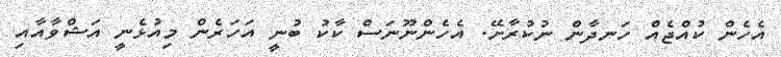
އެހެން ކުއްޖެއް ހަނދާން ނުކުރާށޭ. އެހެންނޫނަސް ކާކު ބުނީ އަހަރެން މިއުޅެނީ އަޝްވާއާއި